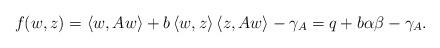
LaTeX: \begin{align*} f(w,z) = \left\langle w,Aw\right\rangle + b\left\langle w,z\right\rangle\left\langle z,Aw\right\rangle-\gamma_A = q + b\alpha\beta - \gamma_A. \end{align*}